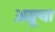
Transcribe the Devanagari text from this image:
अब्रूचा